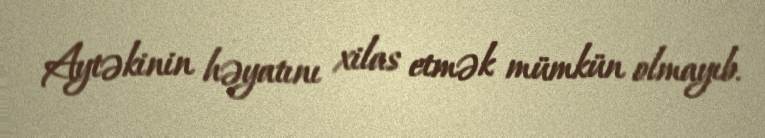
Aytəkinin həyatını xilas etmək mümkün olmayıb.